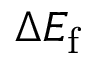
\Delta E _ { \mathrm { f } }